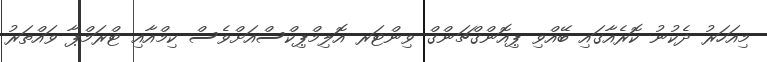
މިއަހަރު ދެކުނު ކޮރެއާގައި ބޭއްވި ޕިއޮންގްޗަންގް ވިންޓަރ އޮލިމްޕިކްސްއަށްވެސް ކިމްއާއި ޓްރަމްޕާ ވައްތަރު